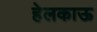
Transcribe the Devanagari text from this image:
हेलकाऊ